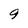
Character: 9